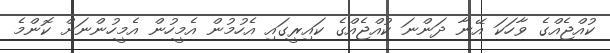
ކުއްޖެއްގެ ވާހަކަ އޭނާ ދަންނަ ކުއްޖެއްގެ ކައިރީގައި އެހުމުން އެމީހުން އެމީހުންނަށް ކޮންމެ